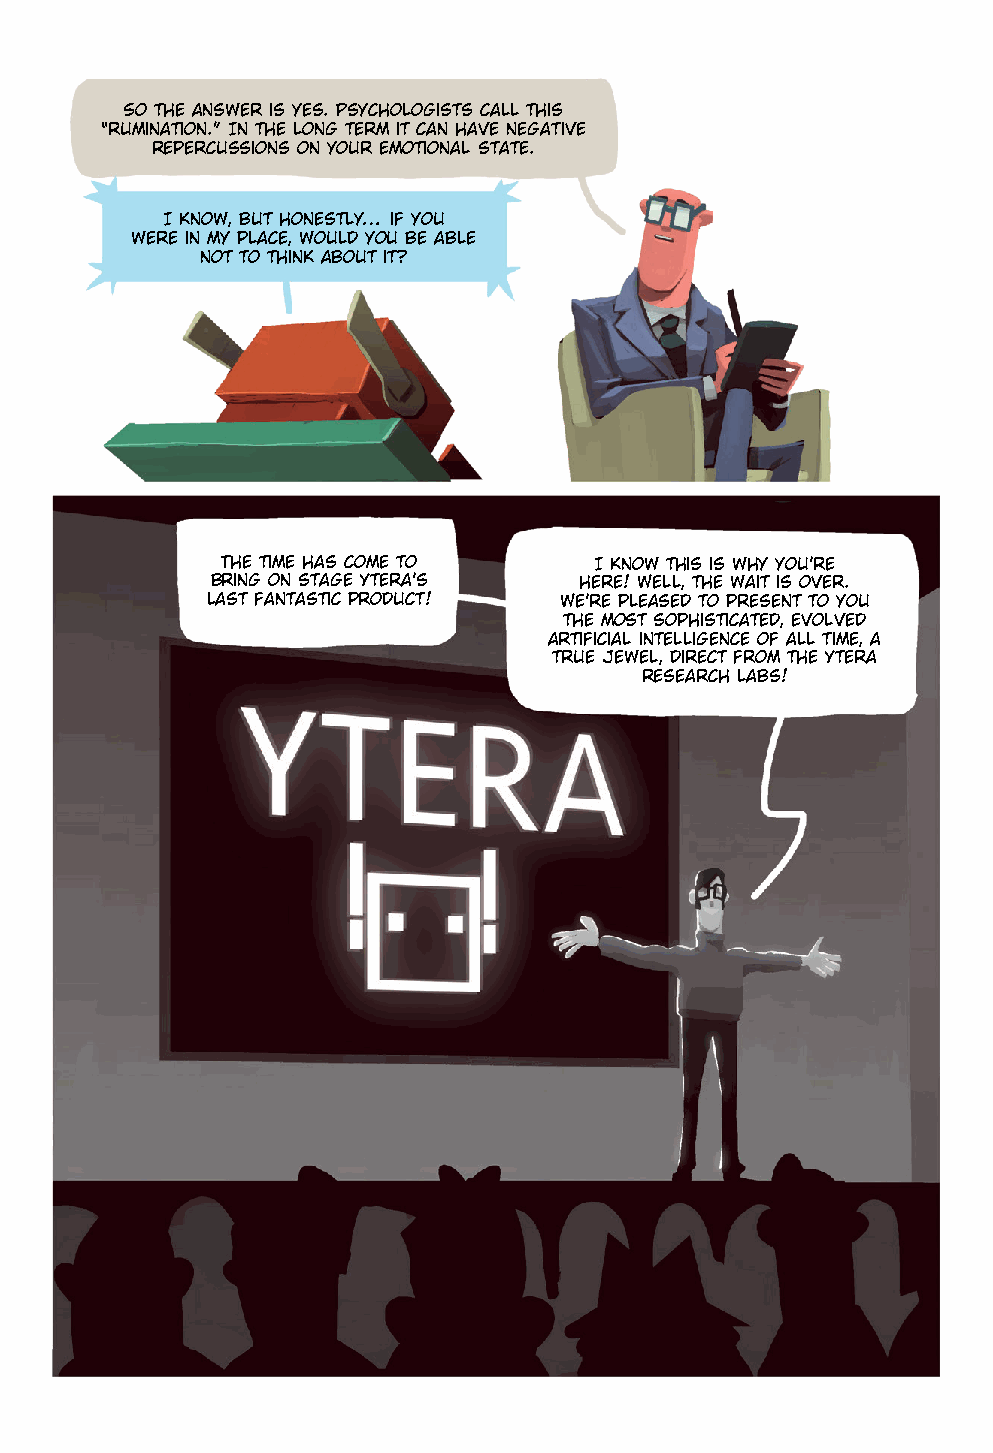
So the answer is yes. Psychologists call this
 “rumination.” In the long term it can have negative
 repercussions on your emotional state.
 I know, but honestly… if you
 were in my place, would you be able
 not to think about it?
 The time has come to    I know this is why you’re
 bring on stage Ytera’s  here! Well, the wait is over.
 last fantastic product! We’re pleased to present to you
 the most sophisticated, evolved
 artificial intelligence of all time, a
 true jewel, direct from the Ytera
 research labs!